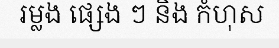
រម្លង ផ្សេង ៗ និង កំហុស